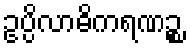
ဥပ္ပိလာဓိကရဏဉ္စ